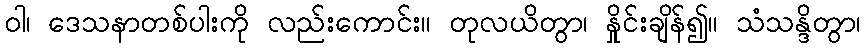
ဝါ၊ ဒေသနာတစ်ပါးကို လည်းကောင်း။ တုလယိတွာ၊ နှိုင်းချိန်၍။ သံသန္ဒိတွာ၊